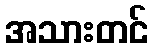
အသားတင်